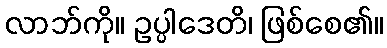
လာဘ်ကို။ ဥပ္ပါဒေတိ၊ ဖြစ်စေ၏။